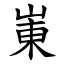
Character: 崬